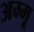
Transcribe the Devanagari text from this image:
अम्मू